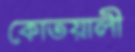
কোতয়ালী